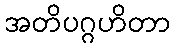
အတိပဂ္ဂဟိတာ